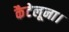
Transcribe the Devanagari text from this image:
कैटेलूना।